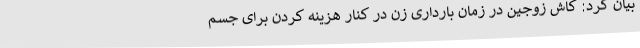
بیان کرد: کاش زوجین در زمان بارداری زن در کنار هزینه کردن برای جسم